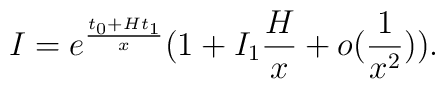
I=  e^\frac{t_0 + H t_1}{x}(1+I_1 \frac{H}{x} + o(\frac{1}{x^2})).